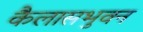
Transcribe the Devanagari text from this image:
कैलासभुवन